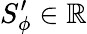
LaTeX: S_{\phi}^{\prime}\in\mathbb{R}